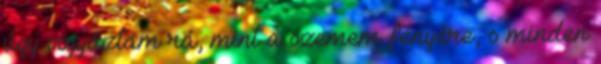
úgy vigyáztam rá, mint a szemem fényére, s minden